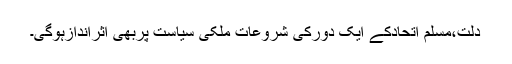
دلت،مسلم اتحادکے ایک دورکی شروعات ملکی سیاست پربھی اثراندازہوگی۔